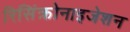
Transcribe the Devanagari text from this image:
रिसिंक्रोनाइजेशन